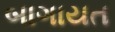
બાગાયત